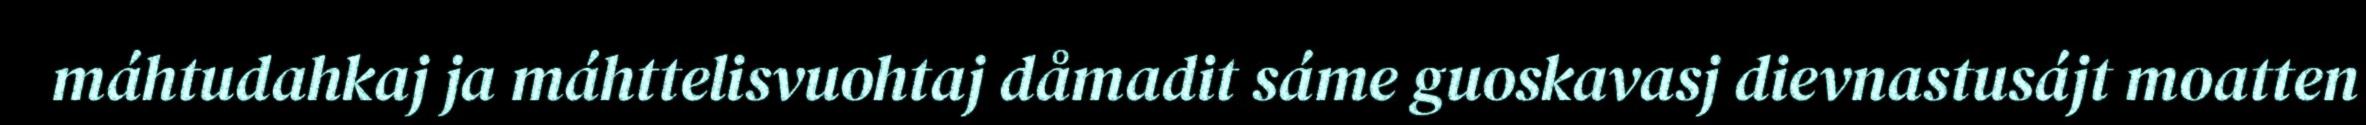
máhtudahkaj ja máhttelisvuohtaj dåmadit sáme guoskavasj dievnastusájt moatten